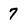
Character: 7